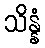
သိန္နံ